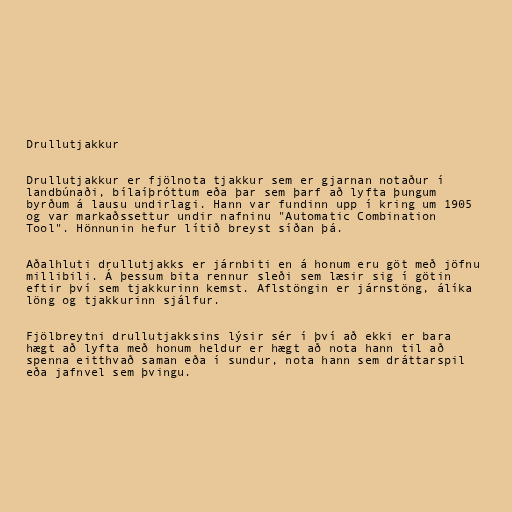
Drullutjakkur

Drullutjakkur er fjölnota tjakkur sem er gjarnan notaður í
landbúnaði, bílaíþróttum eða þar sem þarf að lyfta þungum
byrðum á lausu undirlagi. Hann var fundinn upp í kring um 1905
og var markaðssettur undir nafninu "Automatic Combination
Tool". Hönnunin hefur lítið breyst síðan þá.

Aðalhluti drullutjakks er járnbiti en á honum eru göt með jöfnu
millibili. Á þessum bita rennur sleði sem læsir sig í götin
eftir því sem tjakkurinn kemst. Aflstöngin er járnstöng, álíka
löng og tjakkurinn sjálfur.

Fjölbreytni drullutjakksins lýsir sér í því að ekki er bara
hægt að lyfta með honum heldur er hægt að nota hann til að
spenna eitthvað saman eða í sundur, nota hann sem dráttarspil
eða jafnvel sem þvingu.